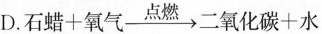
D.$$石蜡+氧气\xrightarrow[]{点燃}二氧化碳+水$$